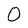
Character: 0